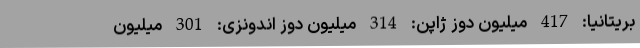
بریتانیا: 417 میلیون دوز ژاپن: 314 میلیون دوز اندونزی: 301 میلیون